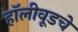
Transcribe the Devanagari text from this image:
हॉलीवूडचे